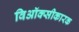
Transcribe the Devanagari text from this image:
विऑक्सीकारक